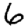
Digit: 6